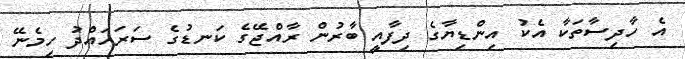
އެ ހާދިސާތަކާ އެކު އިންޑިޔާގެ ދިފާއީ ބާރުން ރާއްޖޭގެ ކަނޑުގެ ސަރަހައްދު ހިމެނޭ